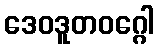
ဒေဝဒူတဝဂ္ဂေါ